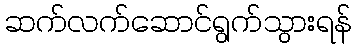
ဆက်လက်ဆောင်ရွက်သွားရန်